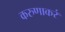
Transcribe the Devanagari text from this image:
करुणाकरं